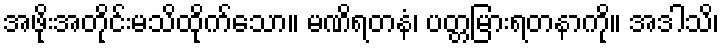
အဖိုးအတိုင်းမသိထိုက်သော။ မဏိရတနံ၊ ပတ္တမြားရတနာကို။ အဒါသိ၊